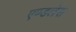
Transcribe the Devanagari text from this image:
एण्डलेस